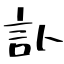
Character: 訃